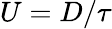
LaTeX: U=D/\tau